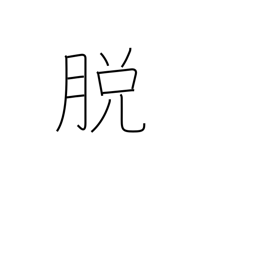
Meaning: undress